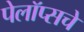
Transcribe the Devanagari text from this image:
पेलॉप्सचे